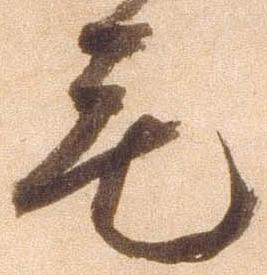
毛